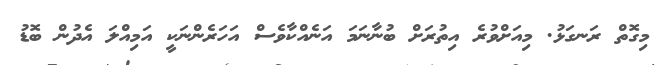
މިގޮތް ރަނގަޅު. މިއަށްވުރެ އިތުރަށް ބުނާނަމަ އަނެއްކާވެސް އަހަރެންނަކީ އަމިއްލަ އެދުން ބޮޑު